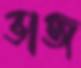
ভাজ